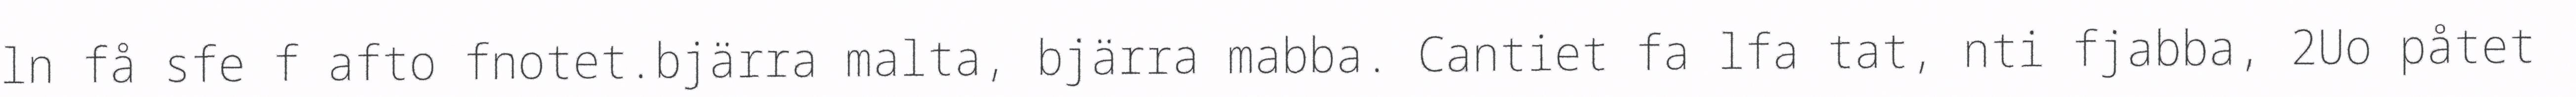
ln få sfe f afto fnotet.bjärra malta, bjärra mabba. Cantiet fa lfa tat, nti fjabba, 2Uo påtet